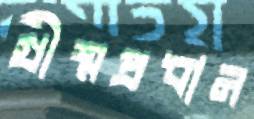
গ্রীষ্মপ্রধান